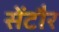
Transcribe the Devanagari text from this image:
सेंटौर